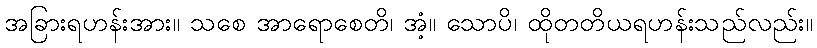
အခြားရဟန်းအား။ သစေ အာရောစေတိ၊ အံ့။ သောပိ၊ ထိုတတိယရဟန်းသည်လည်း။